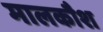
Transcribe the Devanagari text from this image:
मालकौश